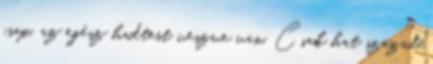
csap, az egész hadtest veszve van. Csak hat század